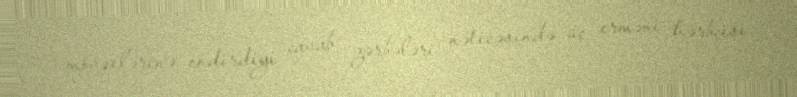
mövqelərinə endirdiyi cavab zərbələri nəticəsində üç erməni hərbçisi